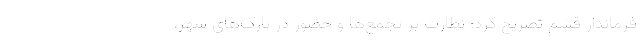
فرماندار قشم تصریح کرد: نظارت‌ بر تجمع‌ها و حضور در پارک‌های شهر،